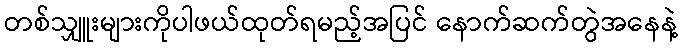
တစ်သျှူးများကိုပါဖယ်ထုတ်ရမည့်အပြင် နောက်ဆက်တွဲအနေနဲ့